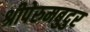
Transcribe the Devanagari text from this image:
श्रीपेरुमबुदुर